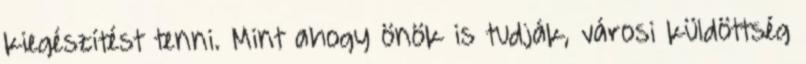
kiegészítést tenni. Mint ahogy önök is tudják, városi küldöttség